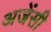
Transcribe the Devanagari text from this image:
अजेंसी